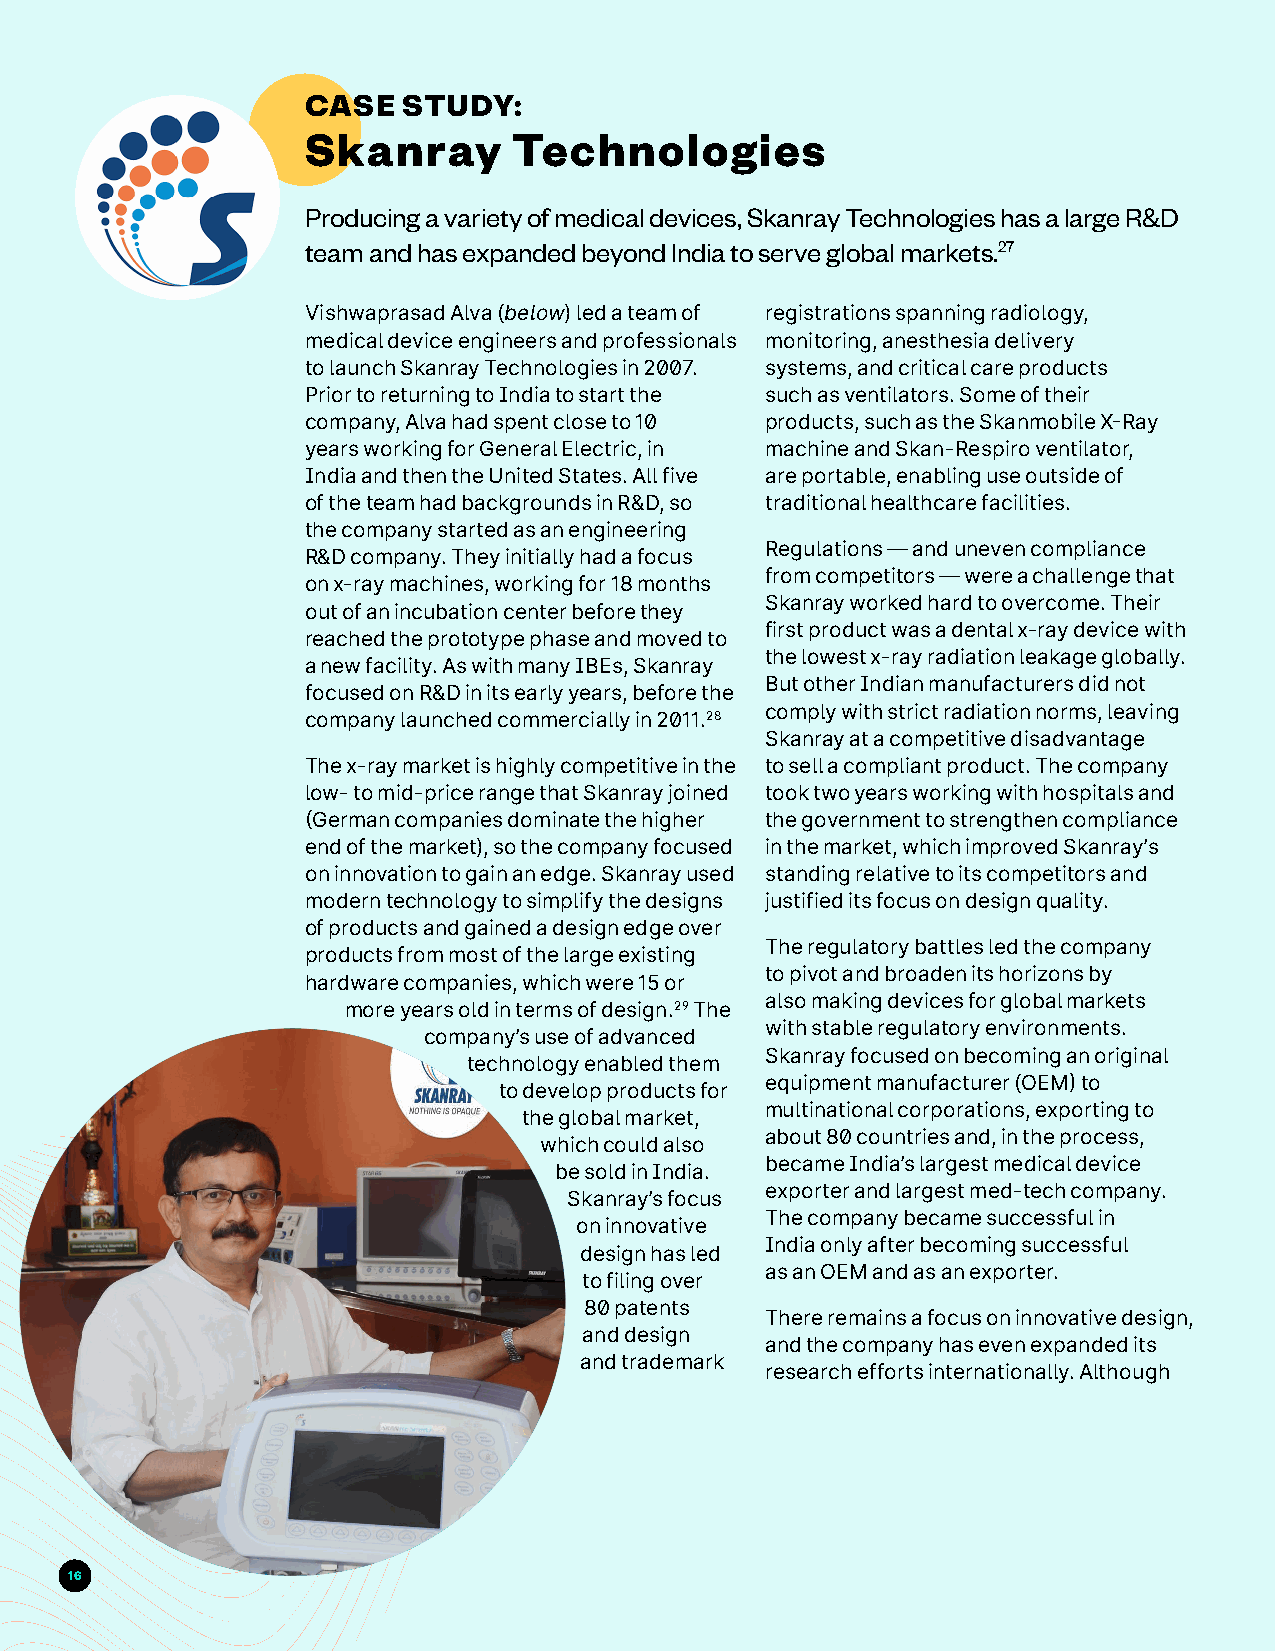
CASE   STUDY:
 Skanray       Technologies
 Producing a variety of medical devices, Skanray Technologies has a large R&D
 team and has expanded beyond India to serve global markets.27
 Vishwaprasad Alva (below) led a team of registrations spanning radiology,
 medical device engineers and professionals monitoring, anesthesia delivery
 to launch Skanray Technologies in 2007. systems, and critical care products
 Prior to returning to India to start the such as ventilators. Some of their
 company, Alva had spent close to 10 products, such as the Skanmobile X-Ray
 years working for General Electric, in machine and Skan-Respiro ventilator,
 India and then the United States. All five are portable, enabling use outside of
 of the team had backgrounds in R&D, so traditional healthcare facilities.
 the company started as an engineering
 Regulations — and uneven compliance
 R&D company. They initially had a focus
 from competitors — were a challenge that
 on x-ray machines, working for 18 months
 Skanray worked hard to overcome. Their
 out of an incubation center before they
 first product was a dental x-ray device with
 reached the prototype phase and moved to
 the lowest x-ray radiation leakage globally.
 a new facility. As with many IBEs, Skanray
 But other Indian manufacturers did not
 focused on R&D in its early years, before the
 comply with strict radiation norms, leaving
 company launched commercially in 2011.28
 Skanray at a competitive disadvantage
 The x-ray market is highly competitive in the to sell a compliant product. The company
 low- to mid-price range that Skanray joined took two years working with hospitals and
 (German companies dominate the higher the government to strengthen compliance
 end of the market), so the company focused in the market, which improved Skanray’s
 on innovation to gain an edge. Skanray used standing relative to its competitors and
 modern technology to simplify the designs justified its focus on design quality.
 of products and gained a design edge over
 The regulatory battles led the company
 products from most of the large existing
 to pivot and broaden its horizons by
 hardware companies, which were 15 or
 also making devices for global markets
 more years old in terms of design.29 The
 with stable regulatory environments.
 company’s use of advanced
 Skanray focused on becoming an original
 technology enabled them
 equipment manufacturer (OEM) to
 to develop products for
 multinational corporations, exporting to
 the global market,
 about 80 countries and, in the process,
 which could also
 became India’s largest medical device
 be sold in India.
 exporter and largest med-tech company.
 Skanray’s focus
 The company became successful in
 on innovative
 India only after becoming successful
 design has led
 as an OEM and as an exporter.
 to filing over
 80 patents
 There remains a focus on innovative design,
 and design
 and the company has even expanded its
 and trademark
 research efforts internationally. Although
 16